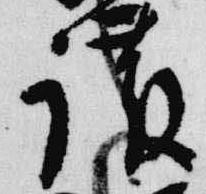
護